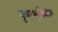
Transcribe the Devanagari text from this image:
पुष्पभूतिवंश